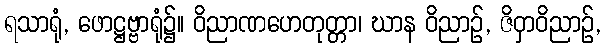
ရသာရုံ, ဖောဋ္ဌဗ္ဗာရုံ၌။ ဝိညာဏဟေတုတ္တာ၊ ဃာန ဝိညာဉ်, ဇိဝှာဝိညာဉ်,